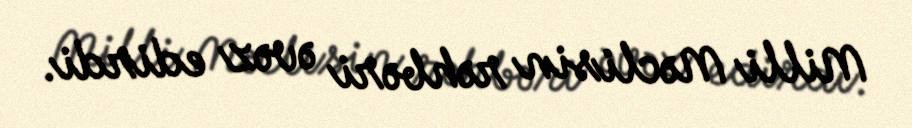
Milli Məclisin rəhbəri əvəz edirdi.